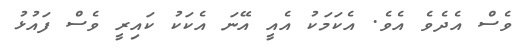
ވެސް އެދެވެ އެވެ. އެކަމަކު އެއީ އޭނަ އެކަކު ކައިރީ ވެސް ފައުޅު